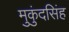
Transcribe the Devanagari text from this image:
मुकुंदसिंह